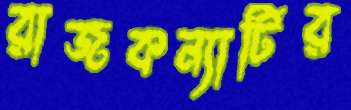
রাজকন্যাটির